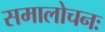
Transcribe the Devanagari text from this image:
समालोचनः